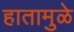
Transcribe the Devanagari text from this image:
हातामुळे